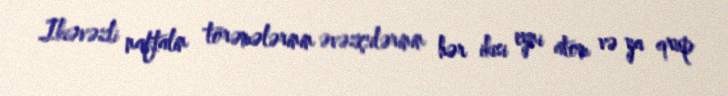
Ikiəvəzli naftalin törəmələrinin əvəzçilərinin hər ikisi eyni atom və ya qrup